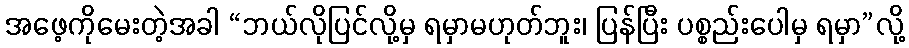
အဖေ့ကိုမေးတဲ့အခါ “ဘယ်လိုပြင်လို့မှ ရမှာမဟုတ်ဘူး၊ ပြန်ပြီး ပစ္စည်းပေါမှ ရမှာ”လို့